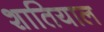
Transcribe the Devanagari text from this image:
शातियाल